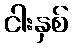
ငါးနှစ်